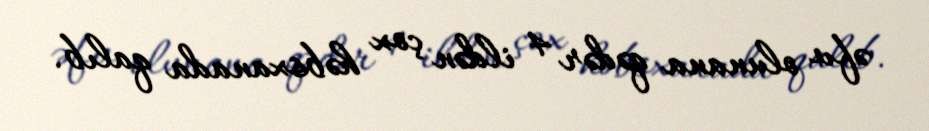
əfv olunana qədər 4 ildən çox həbsxanada qalıb.